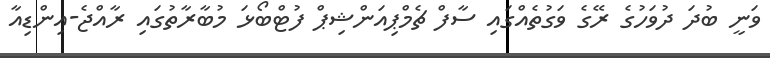
ވަނީ ބުދަ ދުވަހުގެ ރޭގެ ވަގުތެއްގައި ސާފް ޗެމްޕިއަންޝިޕް ފުޓްބޯޅަ މުބާރާތުގައި ރާއްޖެ-އިންޑިއާ